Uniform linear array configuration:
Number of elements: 12
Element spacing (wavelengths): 0.25
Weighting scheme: binomial
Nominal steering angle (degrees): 45
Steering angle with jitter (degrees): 46.596
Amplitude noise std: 0.05
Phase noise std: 0.05

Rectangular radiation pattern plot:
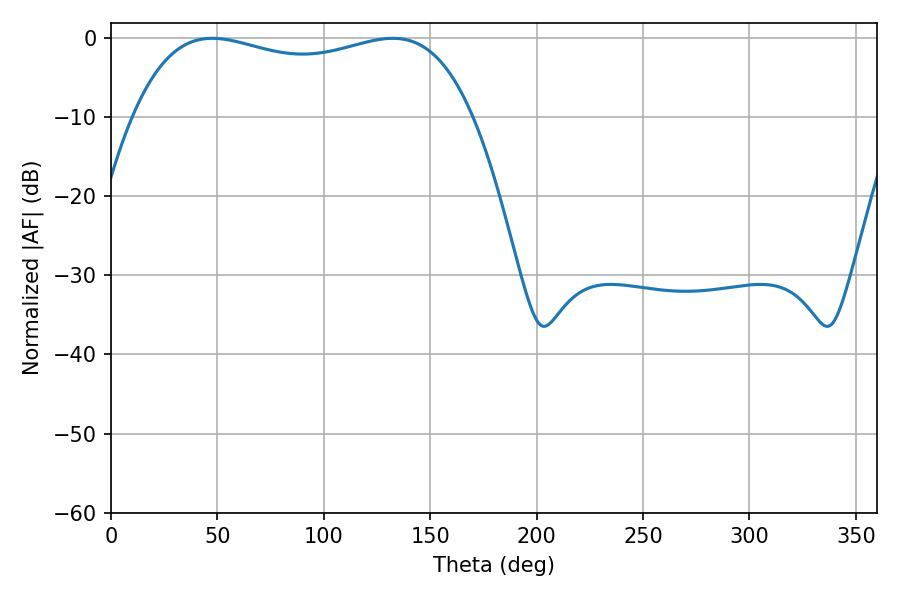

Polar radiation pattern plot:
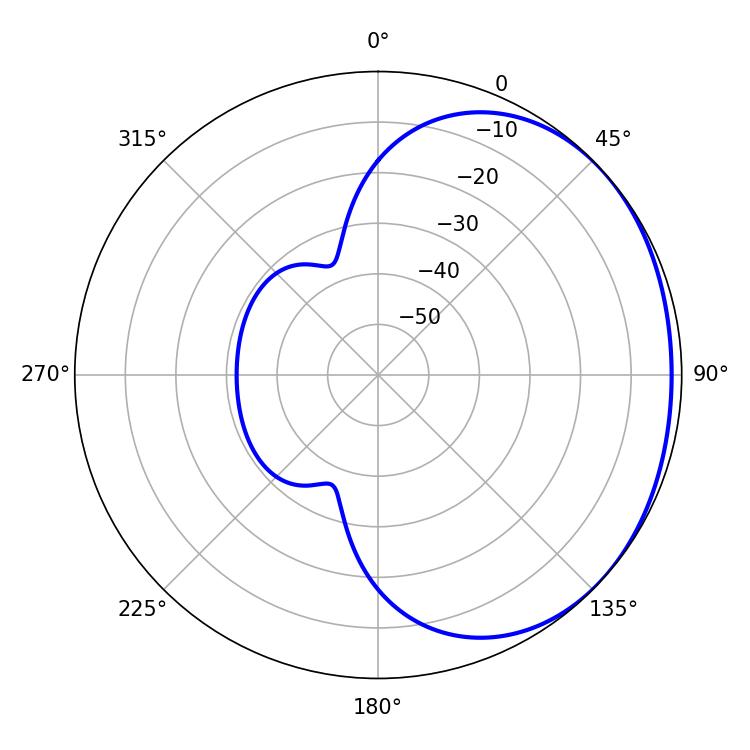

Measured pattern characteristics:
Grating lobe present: FALSE
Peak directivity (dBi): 1.25
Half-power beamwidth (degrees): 129.96
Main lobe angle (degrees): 47.52